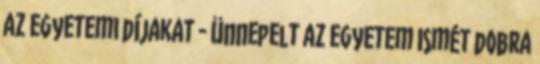
az egyetemi díjakat - Ünnepelt az egyetem Ismét dobra